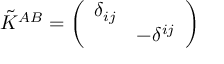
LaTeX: \tilde { K } ^ { A B } = \left( \begin{array} { l l } { { \delta _ { i j } } } & { { } } \\ { { } } & { { - \delta ^ { i j } } } \end{array} \right)